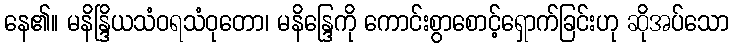
နေ၏။ မနိန္ဒြိယသံဝရသံဝုတော၊ မနိန္ဒြေကို ကောင်းစွာစောင့်ရှောက်ခြင်းဟု ဆိုအပ်သော